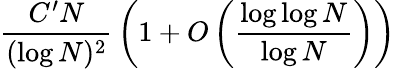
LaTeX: {\frac{C^{\prime}N}{(\log N)^{2}}}\left(1+O\left({\frac{\log\log N}{\log N}}\right)\right)